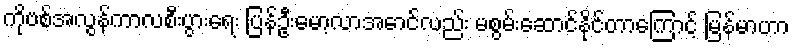
ကိုဗစ်အလွန်ကာလစီးပွားရေး ပြန်ဦးမော့လာအောင်လည်း မစွမ်းဆောင်နိုင်တာကြောင့် မြန်မာဟာ